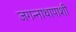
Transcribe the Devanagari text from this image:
जगन्नाथापाशी